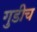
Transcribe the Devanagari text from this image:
गुडीच